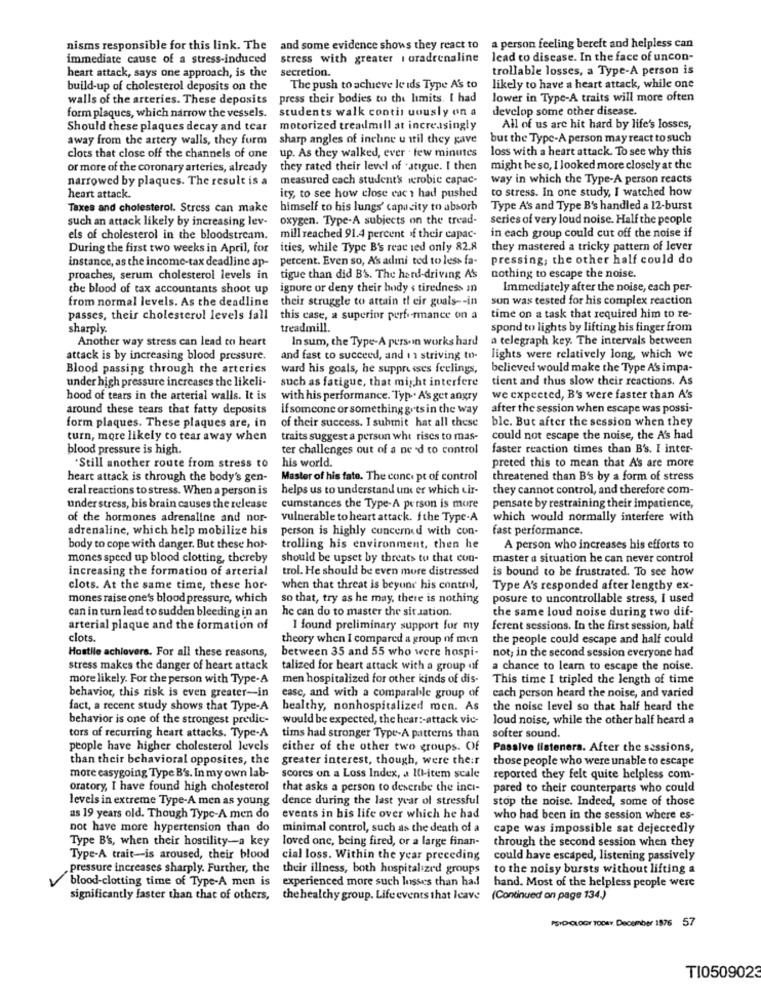
nisms responsible for this link. The and some evidence shows they react to
a person feeling bereft and helpless can
immediate cause of a stress-induced
stress with greater I oradrenaline lead to disease. In the face of uncon-
heart attack, says one approach, is the
secretion.
trollable losses, a Type-A person is
build-up of cholesterol deposits on the
The push to achieve le ids Type A's to
likely to have a heart attack, while one
walls of the arteries. These deposits
press their bodies to the limits. I had
lower in Type-A traits will more often
students walk contin uously on a
develop some other disease.
form plaques, which narrow the vessels.
Should these plaques decay and tear
motorized treadmill at increasingly
All of us are hit hard by life's losses,
away from the artery walls, they furm
sharp angles of incline u til they gave
but the Type-A person may react to such
up. As they walked, ever . few minutes
loss with a heart attack. To see why this
clots that close off the channels of one
or more of the coronary arteries, already
they rated their level of 'atigue. I then
might be so, I looked more closely at the
narrowed by plaques. The result is a
measured cach student's werobie capac-
way in which the Type-A person reacts
to stress. In one study, I watched how
heart attack.
ity, to see how close cac i had pushed
Taxes and cholesterol. Stress can make
himself to his lungs' capacity to absorb
Type A's and Type B's handled a 12-burst
such an attack likely by increasing lev-
oxygen. Type-A subjects on the tread-
series of very loud noise. Half the people
els of cholesterol in the bloodstream.
mill reached 91.4 percent of their capac-
in each group could cut off the noise if
During the first two weeks in April, for ities, while Type B's reac ied only 82.8
they mastered a tricky pattern of lever
instance, as the income-tax deadline ap-
percent. Even so, A's admi ted to less fa-
pressing; the other half could do
proaches, serum cholesterol levels in
tigue than did B's. The hard-driving A's
nothing to escape the noise.
the blood of tax accountants shoot up
ignore or deny their body & tiredness in
Immediately after the noise, each per-
from normal levels. As the deadline
their struggle to attain tl eir guals -- in
sun was tested for his complex reaction
passes, their cholesterol levels fall
this case, a superior performance on a
time on a task that required him to re-
sharply.
treadmill.
spond to lights by lifting his finger from
Another way stress can lead to heart
In sum, the Type-A persoin works hard
a telegraph key. The intervals between
attack is by increasing blood pressure.
and fast to succeed, and 1 1 striving to-
lights were relatively long, which we
Blood passing through the arteries
ward his goals, he suppresses feelings,
believed would make the Type A's impa-
under high pressure increases the likeli-
such as fatigue, that might interfere
tient and thus slow their reactions. As
hood of tears in the arterial walls. It is
with his performance. Typ .. A's get angry
we expected, B's were faster than A's
around these tears that fatty deposits
if someone or something gots in the way
after the session when escape was possi-
of their success. I submit hat all these
ble. But after the session when they
form plaques. These plaques are, in
turn, more likely to tear away when
traits suggest a person wht rises to mas-
could not escape the noise, the A's had
blood pressure is high.
ter challenges out of a ne 'd to control
faster reaction times than B's. I inter-
his world.
.Still another route from stress to
preted this to mean that A's are more
heart attack is through the body's gen-
Master of his fate. The concept of control
threatened than B's by a form of stress
eral reactions to stress. When a person is
helps us to understand und er which cir-
they cannot control, and therefore com-
under stress, bis brain causes the release
cumstances the Type-A person is more
pensate by restraining their impatience,
of the hormones adrenaline and nor-
vulnerable to heart attack. fthe Type-A
which would normally interfere with
adrenaline, which help mobilize his
person is highly concerned with con-
fast performance.
body to cope with danger. But these hot-
trolling his environment, then he
A person who increases his efforts to
mones speed up blood clotting, thereby
should be upset by threats to that con-
master a situation he can never control
increasing the formation of arterial
trol. He should be even more distressed
is bound to be frustrated. To see how
clots. At the same time, these hor-
when that threat is beyond his control,
Type A's responded after lengthy ex-
mones raise one's blood pressure, which
so that, try as he may, there is nothing
posure to uncontrollable stress, I used
he can do to master the situation.
the same loud noise during two dif-
can in turn lead to sudden bleeding in an
arterial plaque and the formation of
I found preliminary support for my
ferent sessions. In the first session, half
clots.
theory when I compared a group of men
the people could escape and half could
Hostile achievers. For all these reasons,
between 35 and 55 who were hospi-
not; in the second session everyone had
stress makes the danger of heart attack
talized for heart attack with a group of
a chance to learn to escape the noise.
more likely. For the person with Type-A
men hospitalized for other kinds of dis-
This time I tripled the length of time
behavior, this risk is even greater-in
ease, and with a comparable group of
each person heard the noise, and varied
fact, a recent study shows that Type-A healthy, nonhospitalized men. As
the noise level so that half heard the
behavior is one of the strongest predic-
would be expected, the hear :- attack vic-
loud noise, while the other half heard a
tors of recurring heart attacks. Type-A
tims had stronger Type-A patterns than
softer sound.
people have higher cholesterol levels
either of the other two groups. Of
Passive listeners. After the sessions,
than their behavioral opposites, the
greater interest, though, were the:r
those people who were unable to escape
more easygoing Type B's. In my own lab-
scores on a Loss Index, a IC-item scale
reported they felt quite helpless com-
oratory, I have found high cholesterol
that asks a person to describe the inci-
pared to their counterparts who could
levels in extreme Type-A men as young
dence during the last year of stressful
stop the noise. Indeed, some of those
as 19 years old. Though Type-A men do
events in his life over which he had
who had been in the session where es-
not have more hypertension than do
minimal control, such as the death of a
cape was impossible sat dejectedly
Type B's, when their hostility-a key
loved one, being fired, or a large finan-
through the second session when they
Type-A trait-is aroused, their blood cial loss. Within the year preceding
could have escaped, listening passively
pressure increases sharply. Further, the
their illness, both hospitalized groups
to the noisy bursts without lifting a
blood-clotting time of Type-A men is experienced more such losses than had
hand. Most of the helpless people were
significantly faster than that of others,
the healthy group. Life events that Icave
(Continued on page 134.)
PSYCHOLOGY TODAY. December 1576 57
TI0509023